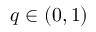
q \in ( 0 , 1 )